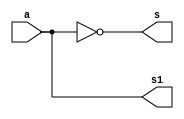
// ------------------------- 
// Exemplo0025 - COMPLEMENTO DE 2
// Nome: Gabriel Carlos Damasceno Arriel -
// ------------------------- 

// -------------------------
//  complemento
// -------------------------

module halfAdder1 (output s1, output s, input a);
	xor (s, a, 1);
	and (s1, a, 1);
endmodule // halfAdder1

module halfAdder2 (output s1, output s, input a, input b);
	xor (s, a, b);
	and (s1, a, b);
endmodule // halfAdder2

module Complemento (output c, output s2, output s1, output s, input [2:0] a);
	wire not1,not2,not3,x,y;
	
	not NOT1 (not1, a[0]);
	not NOT2 (not2, a[1]);
	not NOT3 (not3, a[2]);
	halfAdder1 HA1  (x, s, not1);
	halfAdder2 HA2A (y, s1, not2, x);
	halfAdder2 HA2B (c, s2, not3, y);
endmodule // Complemento

module test_Complemento;
// ------------------------- definir dados
   reg [2:0]x;
	wire c,s2,s1,s;
	
	Complemento Cde2 (c,s2,s1,s,x);
	
	initial begin: start
		x = 3'b000; 
	end
	
// ------------------------- parte principal
   initial begin
      $display("Exemplo0025 - Gabriel Carlos Damasceno Arriel - 451557");
      $display("Test ALU's complemento de 2");
      $monitor("%b(a) = %b(c) %b(s2) %b(s1) %b(s)",x,c,s2,s1,s); 
		#1 x = 3'b001;  
		#1 x = 3'b010; 
		#1 x = 3'b011; 
		#1 x = 3'b100; 
		#1 x = 3'b101; 
		#1 x = 3'b110; 
		#1 x = 3'b111; 
   end
endmodule // test_Complemento